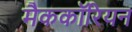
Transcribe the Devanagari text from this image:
मैककॉरियन